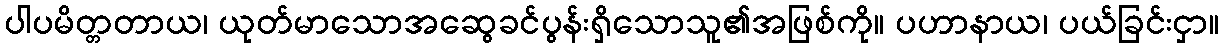
ပါပမိတ္တတာယ၊ ယုတ်မာသောအဆွေခင်ပွန်းရှိသောသူ၏အဖြစ်ကို။ ပဟာနာယ၊ ပယ်ခြင်းငှာ။